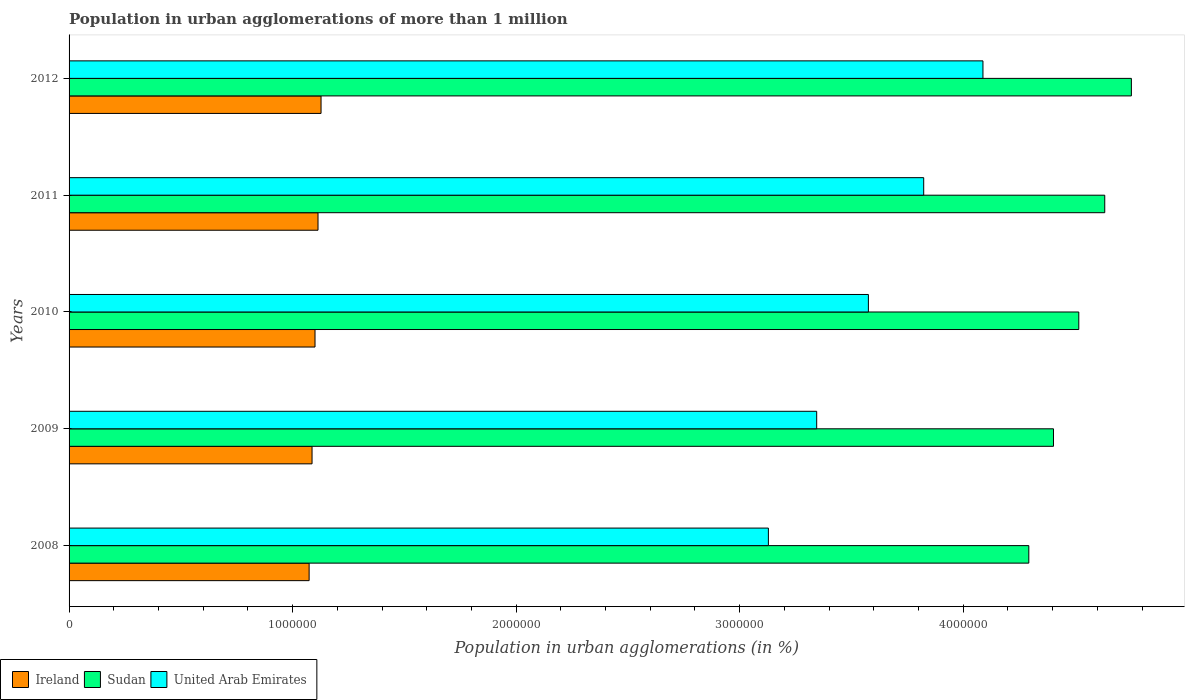
| Years | Ireland | Sudan | United Arab Emirates |
 | --- | --- | --- | --- |
 | 2008 | 1.07e+06 | 4.29e+06 | 3.13e+06 |
 | 2009 | 1.09e+06 | 4.4e+06 | 3.34e+06 |
 | 2010 | 1.1e+06 | 4.52e+06 | 3.58e+06 |
 | 2011 | 1.11e+06 | 4.63e+06 | 3.82e+06 |
 | 2012 | 1.13e+06 | 4.75e+06 | 4.09e+06 |